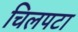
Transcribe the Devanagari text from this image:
चिलपटा